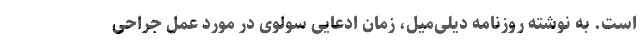
است. به نوشته روزنامه دیلی‌میل، زمان ادعایی سولوی در مورد عمل جراحی